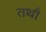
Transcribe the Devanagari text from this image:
तथौ